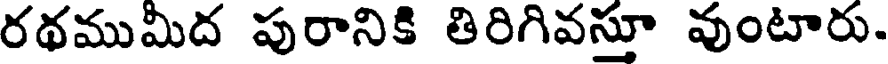
రథముమిద పురానికి తిరిగివస్తూ వుంటారు.